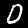
Digit: 0